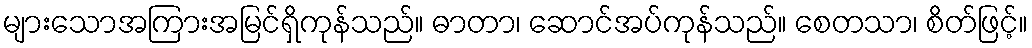
များသောအကြားအမြင်ရှိကုန်သည်။ ဓာတာ၊ ဆောင်အပ်ကုန်သည်။ စေတသာ၊ စိတ်ဖြင့်။